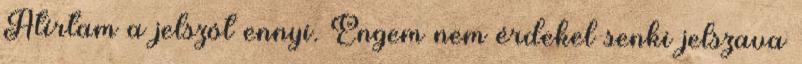
Átírtam a jelszót ennyi. Engem nem érdekel senki jelszava